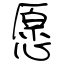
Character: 愿